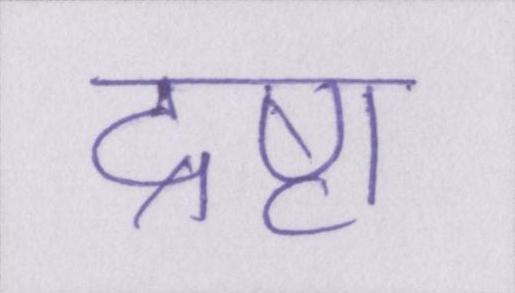
द्रष्टा